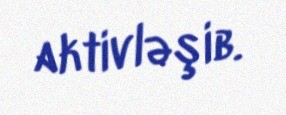
aktivləşib.